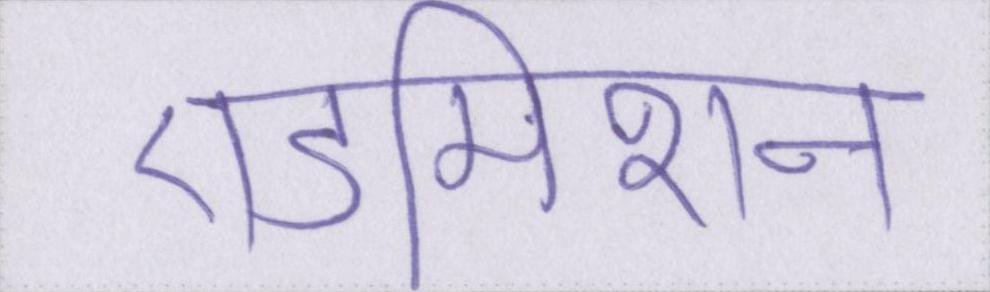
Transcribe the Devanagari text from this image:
एडमिशन